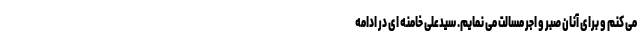
می کنم و برای آنان صبر و اجر مسالت می نمایم. سیدعلی خامنه ای در ادامه